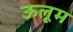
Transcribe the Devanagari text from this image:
ऊलूम